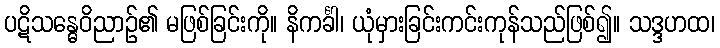
ပဋိသန္ဓေဝိညာဉ်၏ မဖြစ်ခြင်းကို။ နိကင်္ခါ၊ ယုံမှားခြင်းကင်းကုန်သည်ဖြစ်၍။ သဒ္ဒဟထ၊